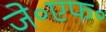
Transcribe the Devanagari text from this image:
जे॰एफ॰